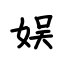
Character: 娱